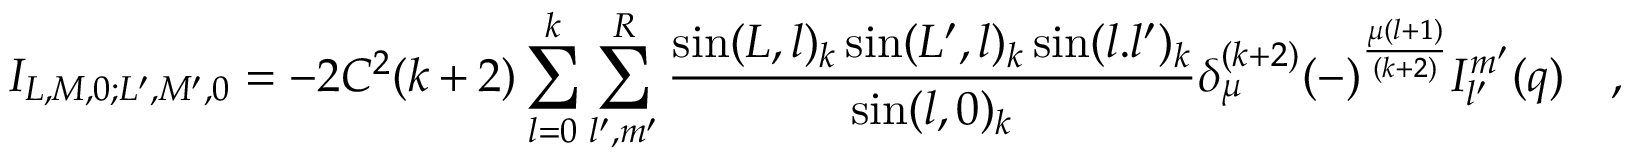
{ \cal I } _ { L , M , 0 ; L ^ { \prime } , M ^ { \prime } , 0 } = - 2 C ^ { 2 } ( k + 2 ) \sum _ { l = 0 } ^ { k } \sum _ { l ^ { \prime } , m ^ { \prime } } ^ { R } { \frac { \sin ( L , l ) _ { k } \sin ( L ^ { \prime } , l ) _ { k } \sin ( l . l ^ { \prime } ) _ { k } } { \sin ( l , 0 ) _ { k } } } \delta _ { \mu } ^ { ( k + 2 ) } ( - ) ^ { \frac { \mu ( l + 1 ) } { ( k + 2 ) } } I _ { l ^ { \prime } } ^ { m ^ { \prime } } ( q ) \quad ,